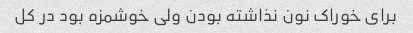
برای خوراک نون نذاشته بودن ولی خوشمزه بود در کل